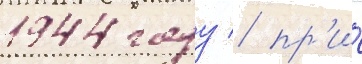
1944 году / пр'и́